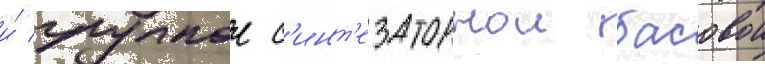
и́ гулкои с'инт'езаторнои басовои